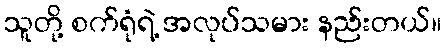
သူတို့ စက်ရုံရဲ့ အလုပ်သမား နည်းတယ်။